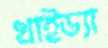
খাইড্যা